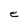
Character: e